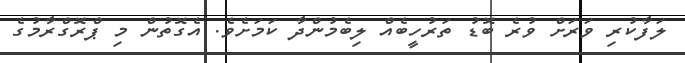
ލަފާކުރި ވަރަށް ވުރެ ބޮޑު ތަރުހީބެއް ލިބެމުންދާ ކަމަށެވެ. އެގޮތުން މި ޕްރޮގްރާމުގެ